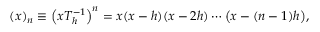
~ ( x ) _ { n } \equiv \left( x T _ { h } ^ { - 1 } \right) ^ { n } = x ( x - h ) ( x - 2 h ) \cdots { \bigl ( } x - ( n - 1 ) h { \bigr ) } ,